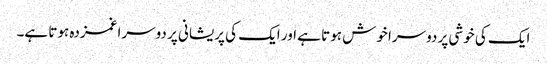
ایک کی خوشی پر دوسرا خوش ہوتا ہے اور ایک کی پریشانی پر دوسرا غمزدہ ہوتا ہے۔